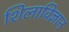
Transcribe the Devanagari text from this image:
शिलाविज्ञान